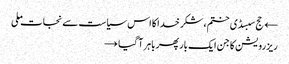
← حج سبسڈی ختم، شکر خدا کا اس سیاست سے نجات ملی
ریزرویشن کا جن ایک بار پھر باہر آ گیا →